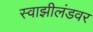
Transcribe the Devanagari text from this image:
स्वाझीलंडवर